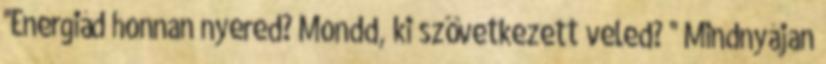
''Energiád honnan nyered? Mondd, ki szövetkezett veled? '' Mindnyájan